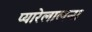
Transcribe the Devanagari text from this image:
प्यारेलालना